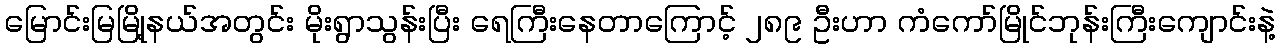
မြောင်းမြမြို့နယ်အတွင်း မိုးရွာသွန်းပြီး ရေကြီးနေတာကြောင့် ၂၈၉ ဦးဟာ ကံကော်မြိုင်ဘုန်းကြီးကျောင်းနဲ့